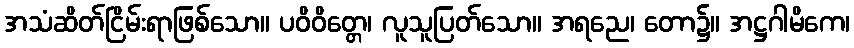
အသံဆိတ်ငြိမ်းရာဖြစ်သော။ ပဝိဝိတ္တေ၊ လူသူပြတ်သော။ အရညေ၊ တော၌။ အဋ္ဌဂါမိကေ၊